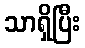
သာရှိပြီး